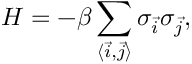
{ \cal H } = - \beta \sum _ { \langle \vec { i } , \vec { j } \rangle } \sigma _ { \vec { i } } \sigma _ { \vec { j } } ,